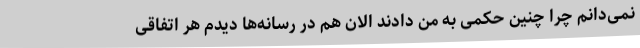
نمی‌دانم چرا چنین حکمی به من دادند الان هم در رسانه‌ها دیدم هر اتفاقی